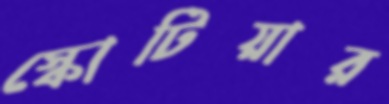
স্কোটিয়ার